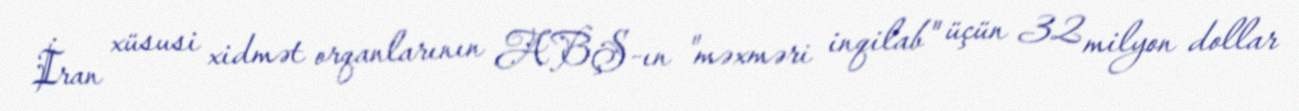
İran xüsusi xidmət orqanlarının ABŞ-ın "məxməri inqilab" üçün 32 milyon dollar